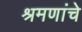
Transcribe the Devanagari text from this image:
श्रमणांचे